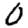
Digit: 0